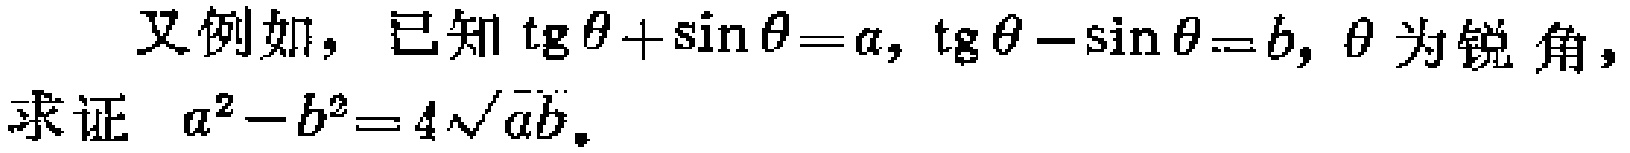
又例如，已知\(\mathrm{tg}\theta+\sin\theta = a\)，\(\mathrm{tg}\theta-\sin\theta = b\)，\(\theta\)为锐角，
求证 \(a^{2}-b^{2}=4\sqrt{ab}\)。